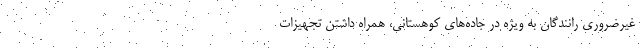
غیرضروری رانندگان به ویژه در جاده‌های کوهستانی، همراه داشتن تجهیزات